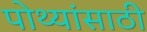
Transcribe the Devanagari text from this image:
पोथ्यांसाठी